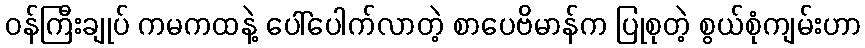
ဝန်ကြီးချုပ် ကမကထနဲ့ ပေါ်ပေါက်လာတဲ့ စာပေဗိမာန်က ပြုစုတဲ့ စွယ်စုံကျမ်းဟာ